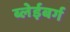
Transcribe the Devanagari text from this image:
ब्लेईबर्ग